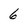
Character: 6